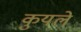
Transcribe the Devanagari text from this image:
कुयले